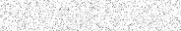
٣١